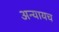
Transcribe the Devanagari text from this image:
अन्यायच